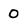
Character: O